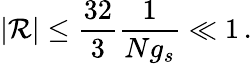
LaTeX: \vert{\cal R}\vert\le\frac{32}{3}\frac{1}{Ng_{s}}\ll 1\, .